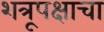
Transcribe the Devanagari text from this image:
शत्रूपक्षाचा